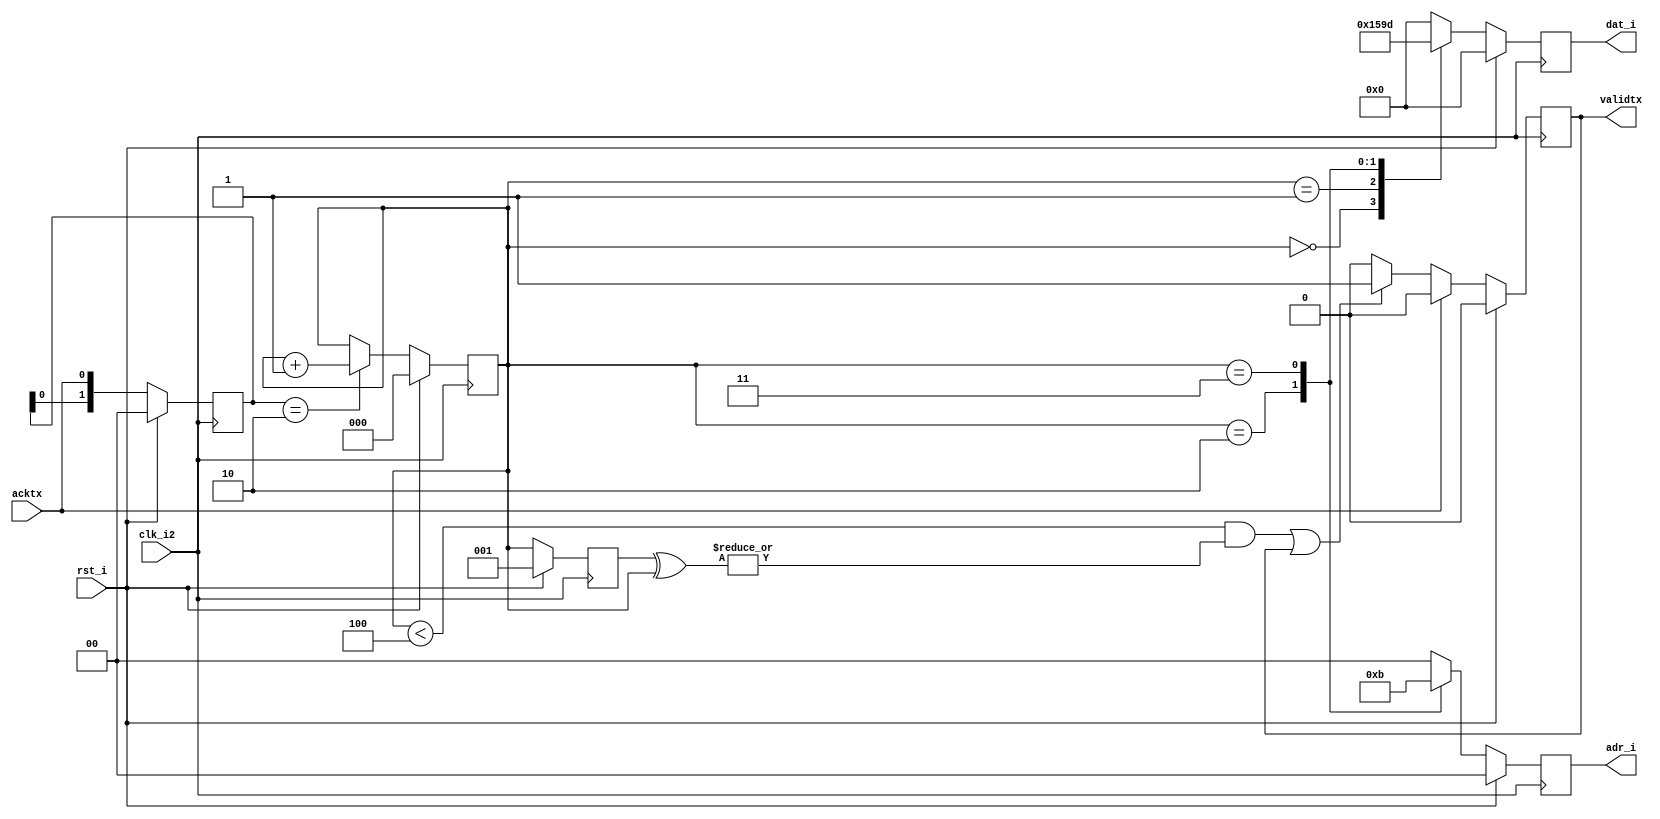
module xdevice (/*AUTOARG*/
   // Outputs
   adr_i, dat_i, validtx,
   // Inputs
   acktx, clk_i2, rst_i
   );

   parameter DW = 4;// Data Width
   parameter init = 4'd0;
   

   output [1:0] 		adr_i;
   output [DW-1:0] 		dat_i;			
   output			validtx;		
   input			acktx;			

   input			clk_i2;			
   input			rst_i;
   /*AUTOREG*/
   // Beginning of automatic regs (for this module's undeclared outputs)
   reg [1:0]		adr_i;
   reg [DW-1:0]		dat_i;
   reg			validtx;
   // End of automatics
   
   wire 		write;
   

   
   always @(posedge clk_i2)
     begin
	if(rst_i)
	  /*AUTORESET*/
	  // Beginning of autoreset for uninitialized flops
	  validtx <= 1'h0;
	  // End of automatics
	else if(acktx)
	  validtx <= 1'b0;
	else if( (write&diff) | validtx)
	  validtx <= 1'b1;
	else 
	  validtx <= 1'b0;
     end // always @ (posedge clk_i)

   reg [1:0] sample;
   always @(posedge clk_i2)
     begin
	if(rst_i)
	  begin
	     /*AUTORESET*/
	     // Beginning of autoreset for uninitialized flops
	     sample <= 2'h0;
	     // End of automatics
	  end
	else
	  begin
	     sample <= {sample[0], acktx};
	  end
     end // always @ (posedge clk_i)

   reg [2:0] count, count1;
   
   always @(posedge clk_i2)
     begin
	if(rst_i)
	  begin
	     /*AUTORESET*/
	     // Beginning of autoreset for uninitialized flops
	     count <= 3'h0;
	     // End of automatics
	  end
	else if(sample==2'b10)
	  begin
	     count <= count + 1'b1;
	  end
     end // always @ (posedge clk_i2)

   always @(posedge clk_i2)
     begin
	if(rst_i)
	  begin
	     count1 <= 3'h1;
	     /*AUTORESET*/
	  end
	else
	  begin
	     count1 <= count;
	  end
     end

   wire diff;
   assign diff = |(count1 ^ count) ;
   

   always @(posedge clk_i2)
     begin
	if(rst_i)
	  begin
	     /*AUTORESET*/
	     // Beginning of autoreset for uninitialized flops
	     dat_i <= {DW{1'b0}};
	     // End of automatics
	  end
	else
	  begin
	     case(count)
	       3'h0 : dat_i <= init + 4'h1;
	       3'h1 : dat_i <= init + 4'h5;
	       3'h2 : dat_i <= init + 4'h9;
	       3'h3 : dat_i <= init + 4'hD;
	       default : dat_i <= 4'h0;
	     endcase
	  end
     end // always @ (posedge clk_i2)

      always @(posedge clk_i2)
     begin
	if(rst_i)
	  begin
	     /*AUTORESET*/
	     // Beginning of autoreset for uninitialized flops
	     adr_i <= 2'h0;
	     // End of automatics
	  end
	else
	  begin
	     case(count)
	       3'h0 : adr_i <= (init==4'd0)? 2'b00:
			       (init==4'd1)? 2'b00:
			       (init==4'd2)? 2'b01:
			       2'b01;
	       3'h1 : adr_i <= (init==4'd0)? 2'b00:
			       (init==4'd1)? 2'b00:
			       (init==4'd2)? 2'b01:
			       2'b01;
	       3'h2 : adr_i <= 2'b10;
	       3'h3 : adr_i <= 2'b11;
	       default : adr_i <= 2'b00;
	     endcase
	  end
     end

   assign write = (count<3'h4);
   
   
endmodule